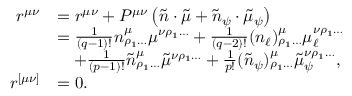
\begin{array} { r l } { r ^ { \mu \nu } } & { = r ^ { \mu \nu } + P ^ { \mu \nu } \left( \tilde { n } \cdot \tilde { \mu } + \tilde { n } _ { \psi } \cdot \tilde { \mu } _ { \psi } \right) } \\ & { = \frac { 1 } { ( q - 1 ) ! } n ^ { \mu } _ { \rho _ { 1 } \ldots } \mu ^ { \nu \rho _ { 1 } \ldots } + \frac { 1 } { ( q - 2 ) ! } ( n _ { \ell } ) ^ { \mu } _ { \rho _ { 1 } \ldots } \mu _ { \ell } ^ { \nu \rho _ { 1 } \ldots } } \\ & { \quad + \frac { 1 } { ( p - 1 ) ! } \tilde { n } ^ { \mu } _ { \rho _ { 1 } \ldots } \tilde { \mu } ^ { \nu \rho _ { 1 } \ldots } + \frac { 1 } { p ! } ( \tilde { n } _ { \psi } ) ^ { \mu } _ { \rho _ { 1 } \ldots } \tilde { \mu } _ { \psi } ^ { \nu \rho _ { 1 } \ldots } , } \\ { r ^ { [ \mu \nu ] } } & { = 0 . } \end{array}